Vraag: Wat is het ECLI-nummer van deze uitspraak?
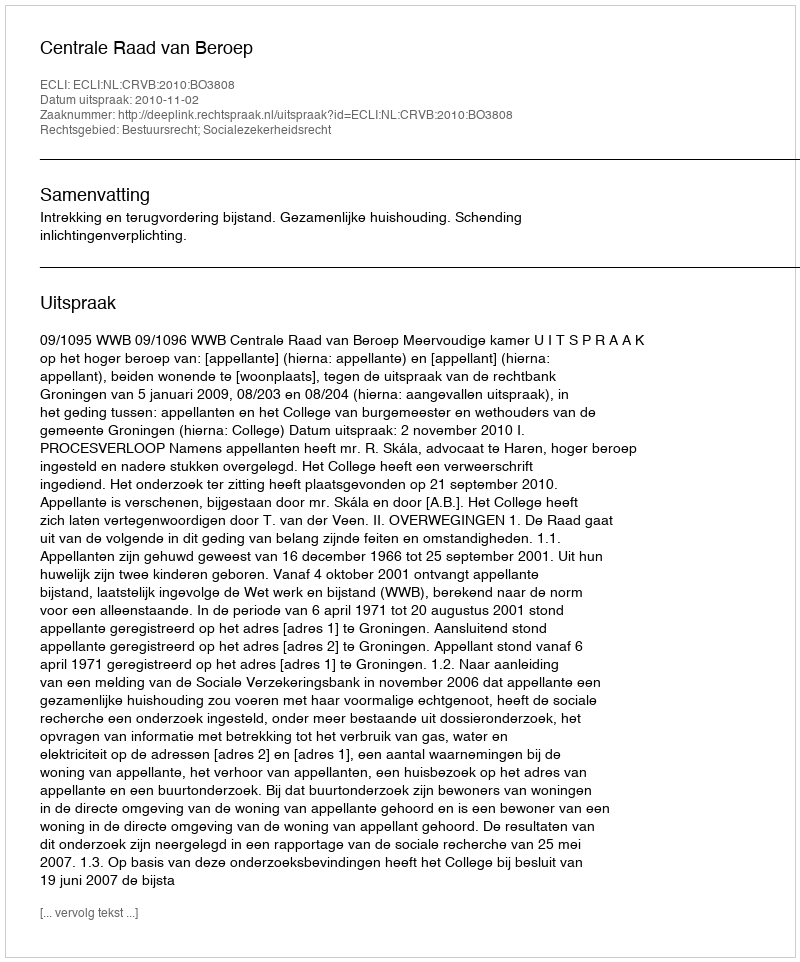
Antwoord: ECLI:NL:CRVB:2010:BO3808